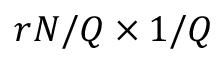
r N / Q \times 1 / Q